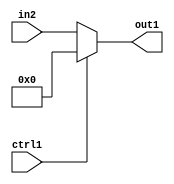
`timescale 1ps / 1ps
/*****************************************************************************
    Verilog RTL Description
    
    
    Created by: Stratus DpOpt 2019.1.01 
*******************************************************************************/

module GauFilter_N_Mux_8_2_0_4 (
	in2,
	ctrl1,
	out1
	); /* architecture "behavioural" */ 
input [7:0] in2;
input  ctrl1;
output [7:0] out1;
wire [7:0] asc001;

reg [7:0] asc001_tmp_0;
assign asc001 = asc001_tmp_0;
always @ (ctrl1 or in2) begin
	case (ctrl1)
		1'B1 : asc001_tmp_0 = 8'B00000000 ;
		default : asc001_tmp_0 = in2 ;
	endcase
end

assign out1 = asc001;
endmodule

/* CADENCE  uLTyTgA= : u9/ySgnWtBlWxVPRXgAZ4Og= ** DO NOT EDIT THIS LINE ******/